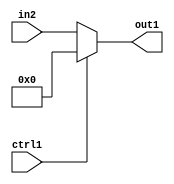
`timescale 1ps / 1ps
/*****************************************************************************
    Verilog RTL Description
    
    
    Created by: Stratus DpOpt 2019.1.01 
*******************************************************************************/

module GauFilter_N_Mux_8_2_0_4 (
	in2,
	ctrl1,
	out1
	); /* architecture "behavioural" */ 
input [7:0] in2;
input  ctrl1;
output [7:0] out1;
wire [7:0] asc001;

reg [7:0] asc001_tmp_0;
assign asc001 = asc001_tmp_0;
always @ (ctrl1 or in2) begin
	case (ctrl1)
		1'B1 : asc001_tmp_0 = 8'B00000000 ;
		default : asc001_tmp_0 = in2 ;
	endcase
end

assign out1 = asc001;
endmodule

/* CADENCE  uLTyTgA= : u9/ySgnWtBlWxVPRXgAZ4Og= ** DO NOT EDIT THIS LINE ******/